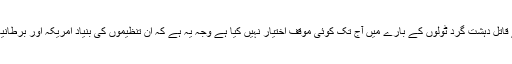
دلچسپ امر یہ ہے کہ صادق شیرازی نے داعش اور عراق اور شام میں لاکھوں انسانوں کے قاتل دہشت گرد ٹولوں کے بارے میں آج تک کوئی موقف اختیار نہیں کیا ہے وجہ یہ ہے کہ ان تنظیموں کی بنیاد امریکہ اور برطانیہ نے رکھی ہے”، اور یہودی ریاست نیز سعودی قبائلی حکومت اس کی حمایت کررہی ہے۔